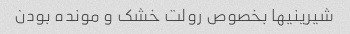
شیرینیها بخصوص رولت خشک و مونده بودن